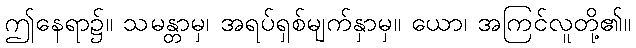
ဤနေရာ၌။ သမန္တာမှ၊ အရပ်ရှစ်မျက်နှာမှ။ ယော၊ အကြင်လူတို့၏။